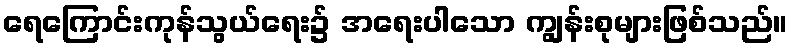
ရေကြောင်းကုန်သွယ်ရေး၌ အရေးပါသော ကျွန်းစုများဖြစ်သည်။